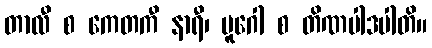
တာလီ စ ကေတကီ နာရီ၊ ပူဂေါ စ တိဏပါဒပါတိ။